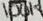
Text: 100K